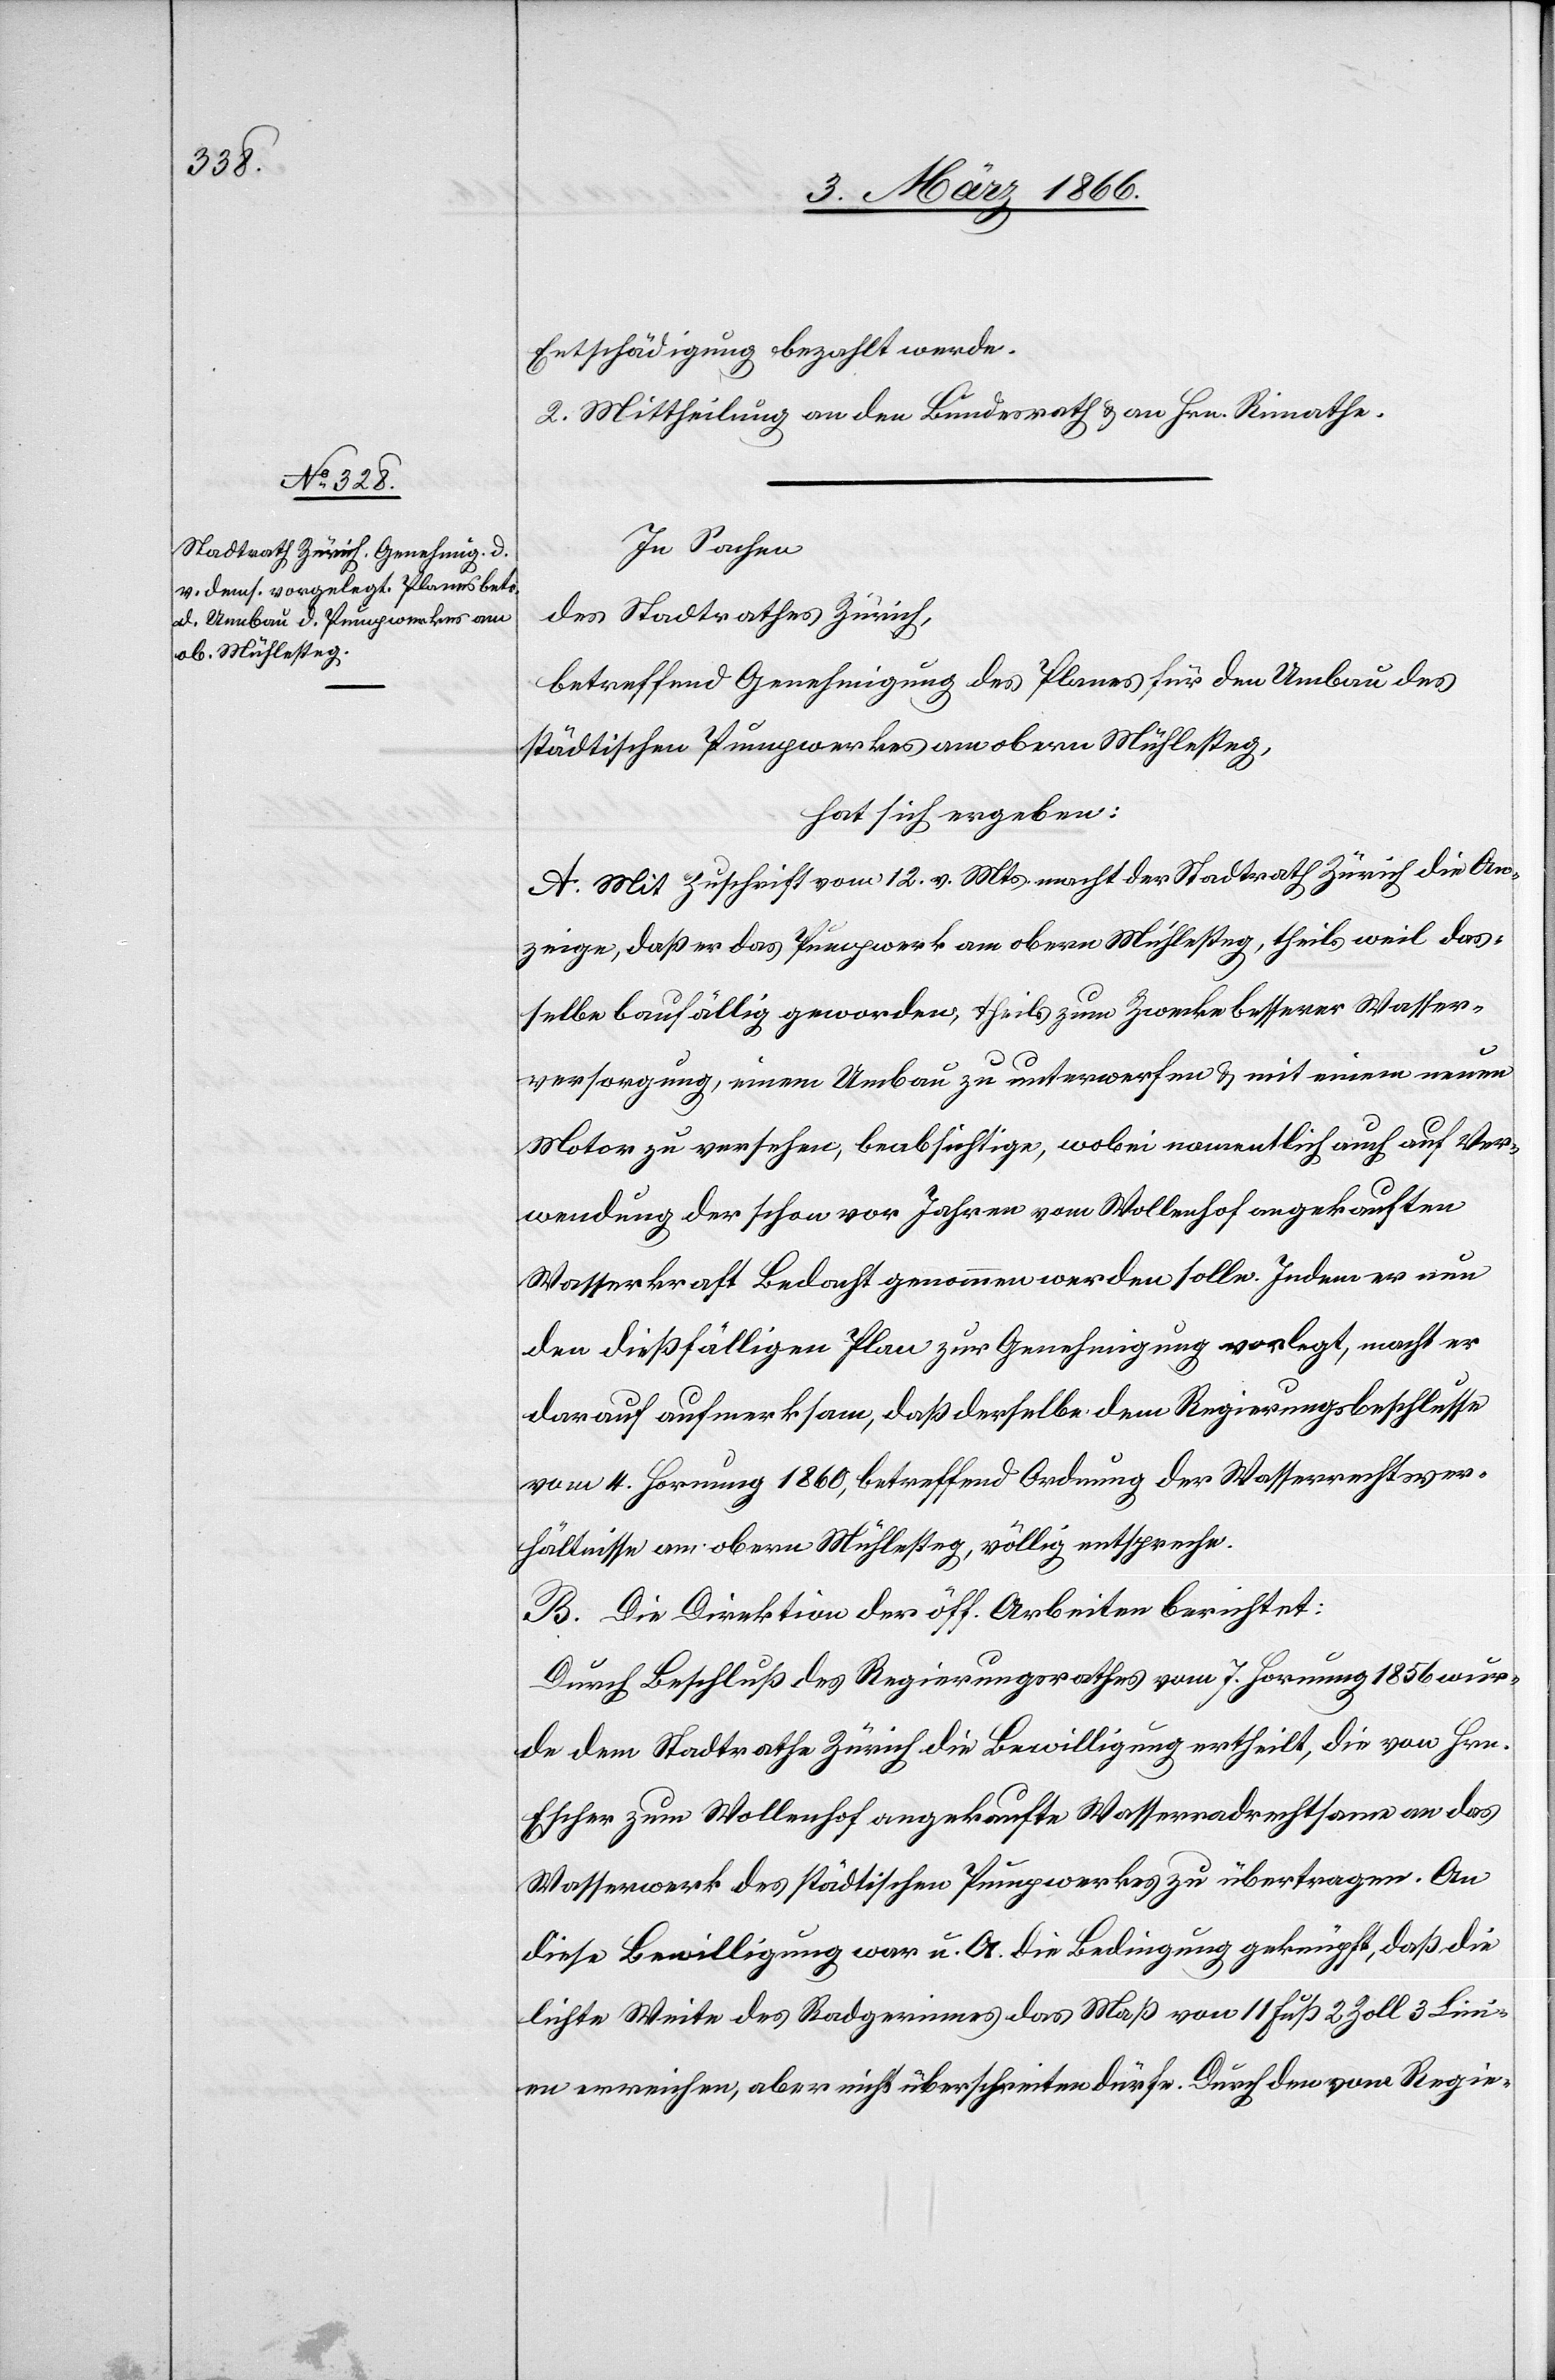
Entschädigung bezahlt werde.
2. Mittheilung an den Bundesrath u. an Hrn. Rimathe.
In Sachen
des Stadtrathes Zürich,
betreffend Genehmigung des Planes für den Umbau des
städtischen Pumpwerkes am obern Mühlesteg,
hat sich ergeben:
A. Mit Zuschrift vom 12. v. Mts. macht der Stadtrath Zürich die An¬
zeige, daß er das Pumpwerk am obern Mühlesteig, theils weil das¬
selbe baufällig geworden, theils zum Zwecke besserer Wasser¬
versorgung, einem Umbau zu unterwerfen u. mit einem neuen
Motor zu versehen, beabsichtige, wobei namentlich auch auf Ver¬
wendung der schon vor Jahren vom Wollenhof angekauften
Wasserkraft Bedacht genommen werden solle. Indem er nun
den dießfälligen Plan zur Genehmigung vorlegt, macht er
darauf aufmerksam, daß derselbe dem Regierungsbeschlusse
vom 4. Hornung 1860, betreffend Ordnung der Wasserrechtsver¬
hältnisse am obern Mühlesteig, völlig entspreche.
B. Die Direktion der öff. Arbeiten berichtet:
Durch Beschluß des Regierungsrathes vom 7. Hornung 1856 wur¬
de dem Stadtrathe Zürich die Bewilligung ertheilt, die von Hrn.
Escher zum Wollenhof angekaufte Wasserradrechtsame an das
Wasserwerk des städtischen Pumpwerkes zu übertragen. An
diese Bewilligung war u. A. die Bedingung geknüpft, daß die
lichte Weite des Radgerinnes das Maß von 11 Fuß 2 Zoll 3 Lini¬
en erreichen, aber nicht überschreiten dürfe. Durch den vom Regie-